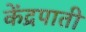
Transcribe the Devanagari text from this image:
केंद्रपाती